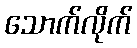
သောက်လိုက်